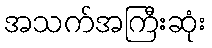
အသက်အကြီးဆုံး